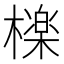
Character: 檪